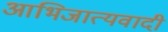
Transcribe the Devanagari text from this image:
आभिजात्यवादी